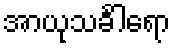
အာယုသင်္ခါရော